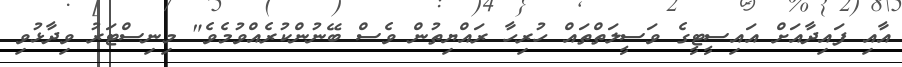
އާއި ފައިދާއަށް އައިސީޓީގެ ވަސީލަތްތައް ހުރިހާ ރައްޔިތުން ވެސް ބޭނުންކުރެއްވުމެވެ" މިނިސްޓަރު ވިދާޅުވި